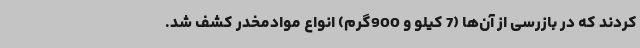
کردند که در بازرسی از آن‌ها (7 کیلو و 900گرم) انواع موادمخدر کشف شد.